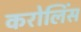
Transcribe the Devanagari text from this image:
करोलिंस